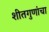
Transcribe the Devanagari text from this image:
शीतगुणांचा